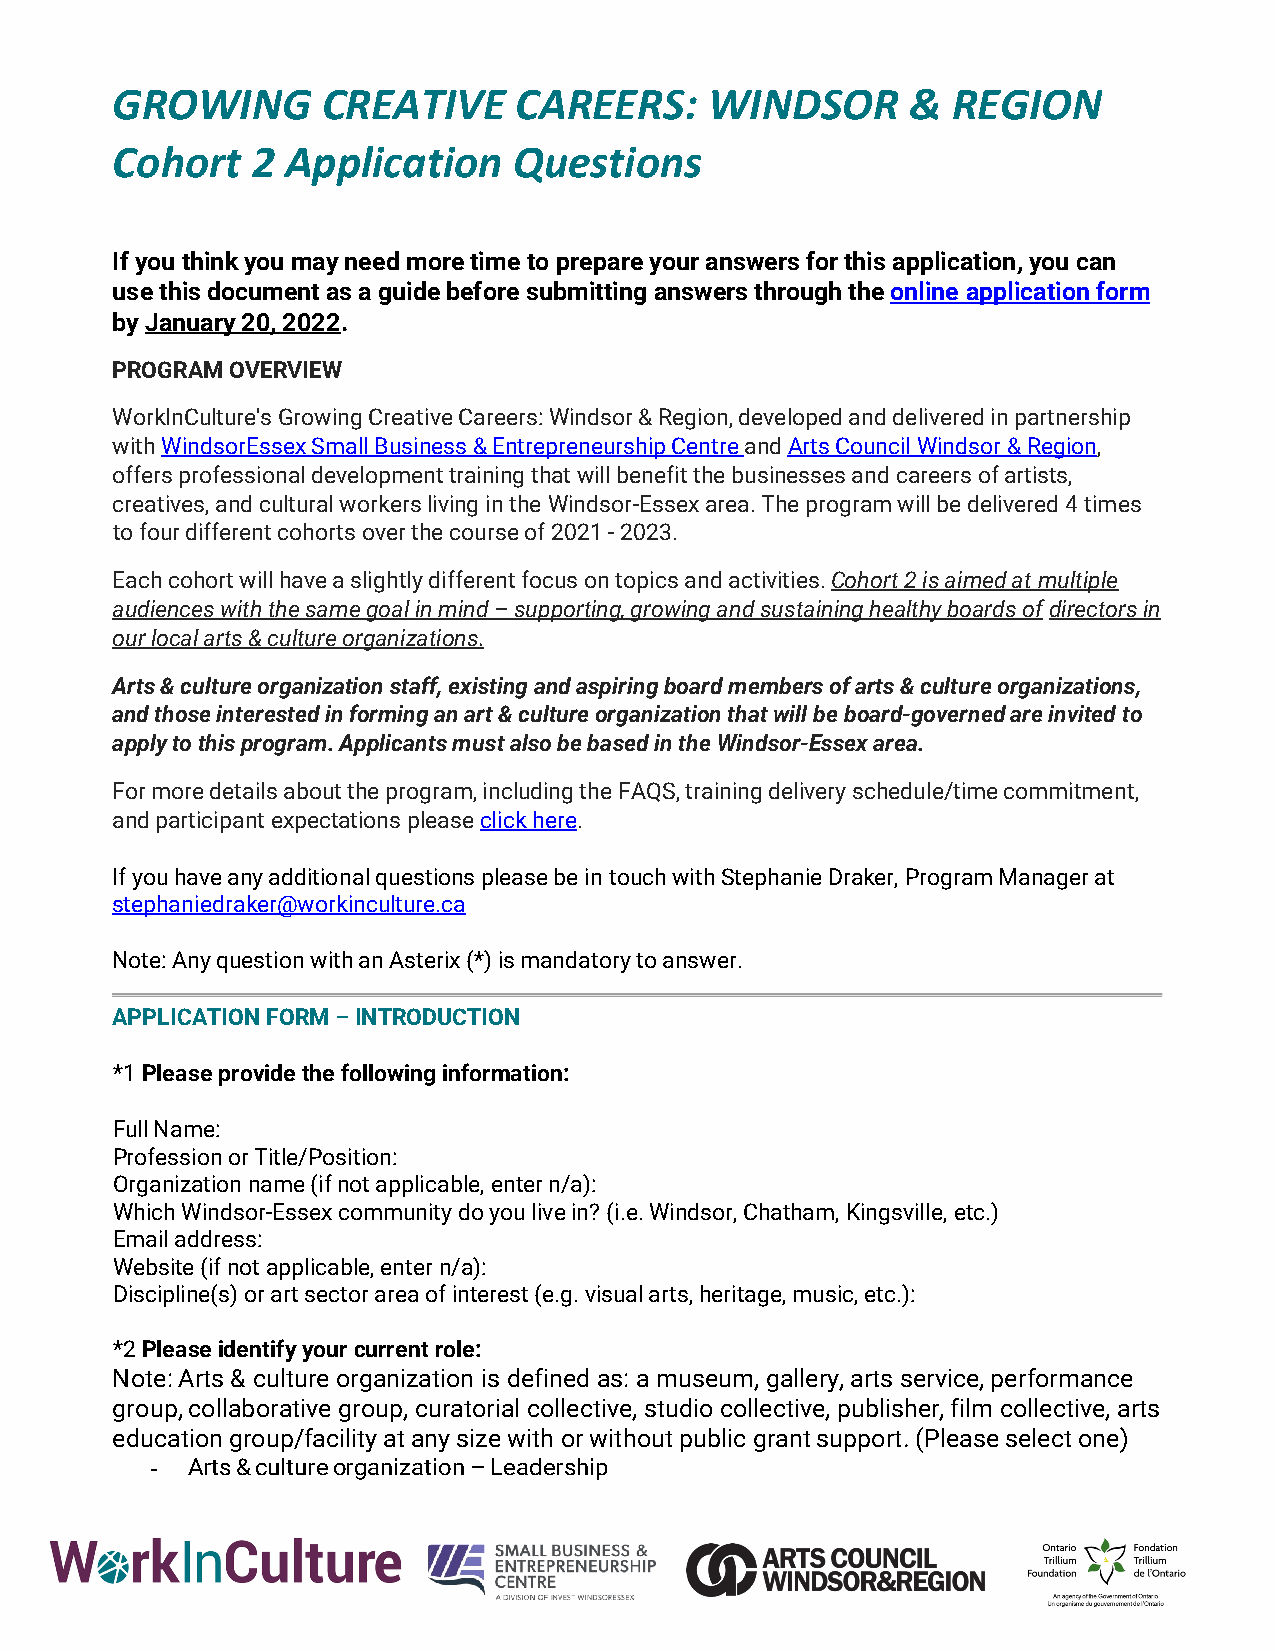
GROWING       CREATIVE     CAREERS:     WINDSOR      &  REGION
 Cohort    2 Application    Questions
 If you think you may need more time to prepare your answers for this application, you can
 use this document as a guide before submitting answers through the online application form
 by January 20, 2022.
 PROGRAM OVERVIEW
 WorkInCulture's Growing Creative Careers: Windsor & Region, developed and delivered in partnership
 with WindsorEssex Small Business & Entrepreneurship Centre and Arts Council Windsor & Region,
 offers professional development training that will benefit the businesses and careers of artists,
 creatives, and cultural workers living in the Windsor-Essex area. The program will be delivered 4 times
 to four different cohorts over the course of 2021 - 2023.
 Each cohort will have a slightly different focus on topics and activities. Cohort 2 is aimed at multiple
 audiences with the same goal in mind – supporting, growing and sustaining healthy boards of directors in
 our local arts & culture organizations.
 Arts & culture organization staff, existing and aspiring board members of arts & culture organizations,
 and those interested in forming an art & culture organization that will be board-governed are invited to
 apply to this program. Applicants must also be based in the Windsor-Essex area.
 For more details about the program, including the FAQS, training delivery schedule/time commitment,
 and participant expectations please click here.
 If you have any additional questions please be in touch with Stephanie Draker, Program Manager at
 stephaniedraker@workinculture.ca
 Note: Any question with an Asterix (*) is mandatory to answer.
 APPLICATION FORM – INTRODUCTION
 *1 Please provide the following information:
 Full Name:
 Profession or Title/Position:
 Organization name (if not applicable, enter n/a):
 Which Windsor-Essex community do you live in? (i.e. Windsor, Chatham, Kingsville, etc.)
 Email address:
 Website (if not applicable, enter n/a):
 Discipline(s) or art sector area of interest (e.g. visual arts, heritage, music, etc.):
 *2 Please identify your current role:
 Note: Arts & culture organization is defined as: a museum, gallery, arts service, performance
 group, collaborative group, curatorial collective, studio collective, publisher, film collective, arts
 education group/facility at any size with or without public grant support. (Please select one)
 - Arts & culture organization – Leadership